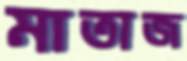
মাতাজ